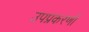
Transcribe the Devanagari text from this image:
उपप्रकरणों